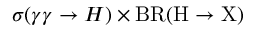
\sigma ( \gamma \gamma \rightarrow H ) \times \mathrm { { B R } ( H \rightarrow X ) }